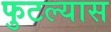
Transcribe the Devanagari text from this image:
फुटल्यास